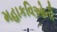
મહાકવિઓની